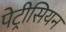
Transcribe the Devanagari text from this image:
पेट्रीसियन